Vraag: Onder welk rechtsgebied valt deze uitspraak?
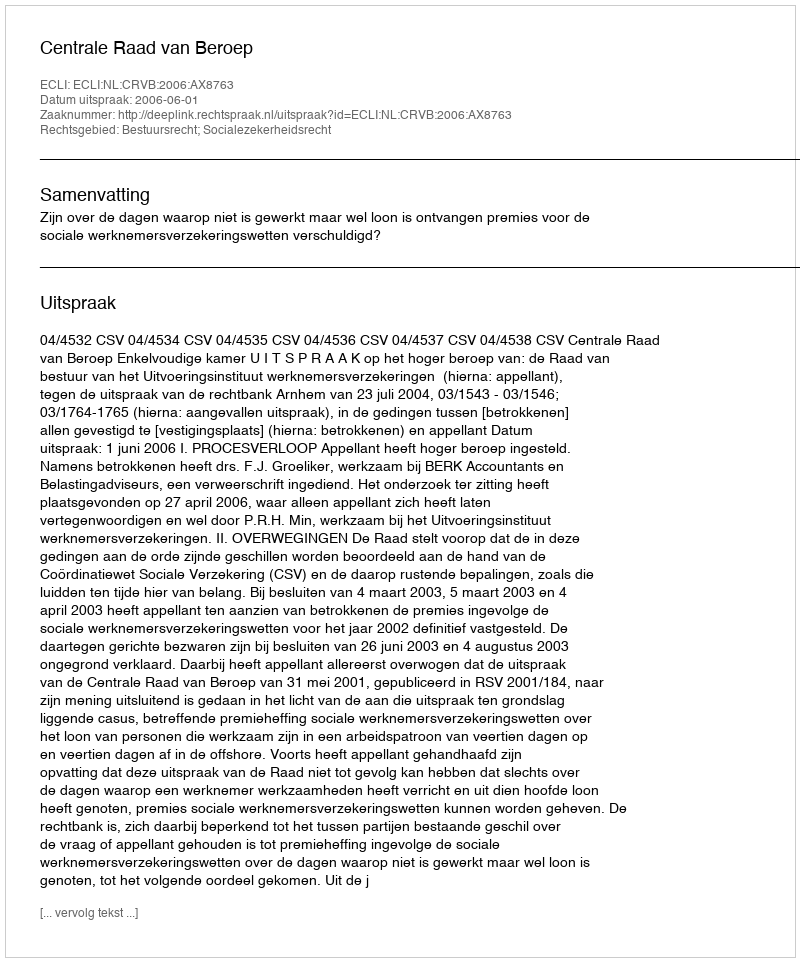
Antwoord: Bestuursrecht; Socialezekerheidsrecht